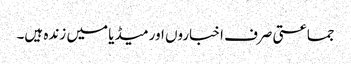
جماعتی صرف اخباروں اور میڈیا میں زندہ ہیں۔